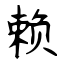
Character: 赖